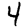
Digit: 4